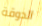
الدوقة